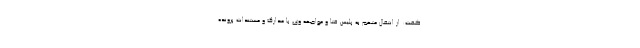
گفت: از انتقال متهم به پلیس فتا و مواجهه وی با مدارک و مستندات پرونده